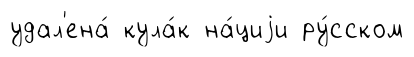
удал'ена́ кула́к на́циjи ру́сском